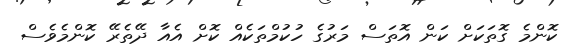
ކޮންމެ ގޮތަކަށް ކަން އޮތަސް މަރުގެ ހުކުމްތަކެއް ކޮށް އެއާ ދޭތެރޭ ކޮންމެވެސް